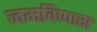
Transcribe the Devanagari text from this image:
जमविणारा